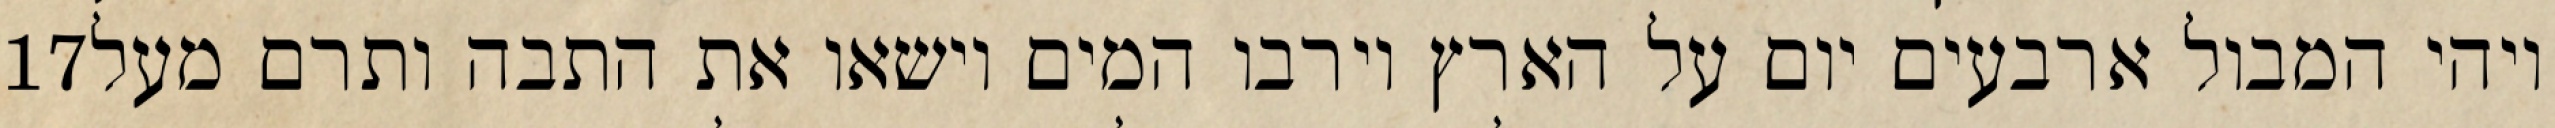
‎17‏ ויהי המבול ארבעים יום על הארץ וירבו המים וישאו את התבה ותרם מעל